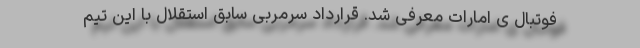
فوتبال ی امارات معرفی شد. قرارداد سرمربی سابق استقلال با این تیم